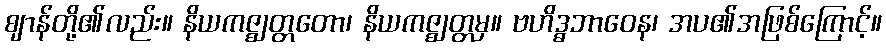
ဈာန်တို့၏လည်း။ နိယကဇ္ဈတ္တတော၊ နိယကဇ္ဈတ္တမှ။ ဗဟိဒ္ဓဘာဝေန၊ အပ၏အဖြစ်ကြောင့်။